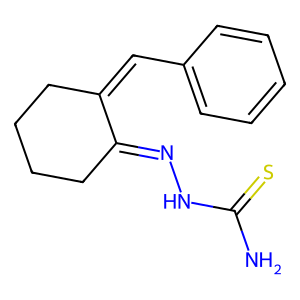
SMILES: NC(=S)NN=C1CCCCC1=Cc1ccccc1
Inhibits HIV replication: No